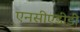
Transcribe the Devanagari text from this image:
एनसीएडीडी